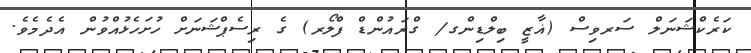
ކަރެކްޝަނަލް ސަރވިސް (ޣާޒީ ބިލްޑިންގ/ ގްރައުންޑް ފްލޯރ) ގެ ރިސެޕްޝަނަށް ހުށަހެޅުއްވުން އެދެމެވެ.